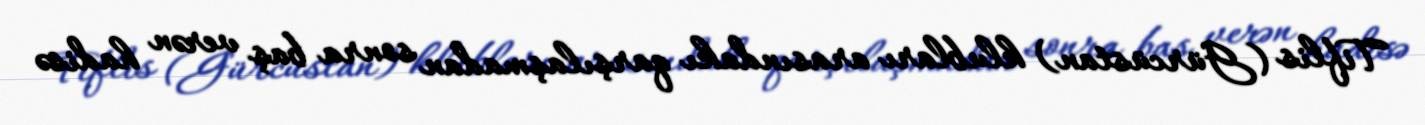
Tiflis (Gürcüstan) klubları arasındakı qarşılaşmadan sonra baş verən hadisə